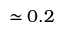
\simeq 0 . 2